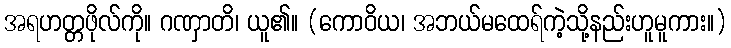
အရဟတ္တဖိုလ်ကို။ ဂဏှာတိ၊ ယူ၏။ (ကောဝိယ၊ အဘယ်မထေရ်ကဲ့သို့နည်းဟူမူကား။)